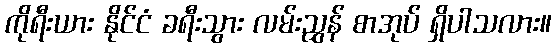
ကိုရီးယား နိုင်ငံ ခရီးသွား လမ်းညွှန် စာအုပ် ရှိပါသလား။